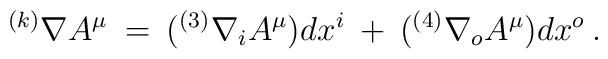
^{(k)}\nabla A^{\mu}\: =\: ({^{(3)}}\nabla_i A^{\mu}) dx^i\: +                       \: ({^{(4)}}\nabla_o A^{\mu}) dx^o\: .